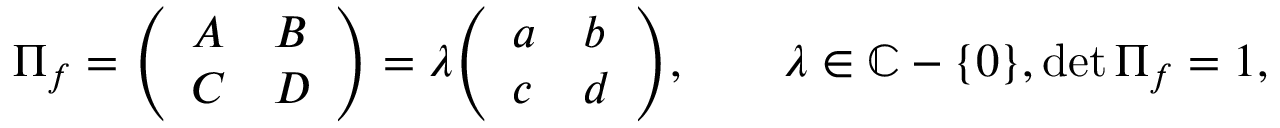
\Pi _ { f } = { \left( \begin{array} { l l } { A } & { B } \\ { C } & { D } \end{array} \right) } = \lambda { \left( \begin{array} { l l } { a } & { b } \\ { c } & { d } \end{array} \right) } , \qquad \lambda \in \mathbb { C } - \{ 0 \} , \det \Pi _ { f } = 1 ,